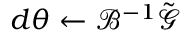
d { \boldsymbol { \theta } } \gets \mathcal { B } ^ { - 1 } \tilde { \boldsymbol { \mathcal { G } } }